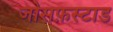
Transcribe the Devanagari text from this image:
जोसफ़स्टाड